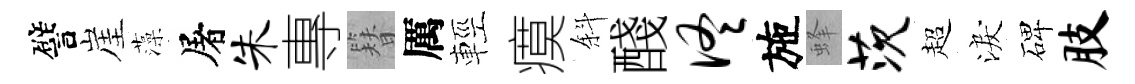
譬崖藻屠朱專簪厲輕瘼斜醆佟施蜂茨超淚碑肢